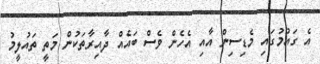
އެ ގައުމުގައި މެޑިސިން އާއި އެހެން ވެސް ބައެއް ދާއިރާތަކުން މަތީ ތައުލީމު